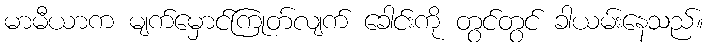
မာမီယာက မျက်မှောင်ကြုတ်လျက် ခေါင်းကို တွင်တွင် ခါယမ်းနေသည်။